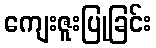
ကျေးဇူးပြုခြင်း